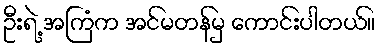
ဦးရဲ့ အကြံက အင်မတန်မှ ကောင်းပါတယ်။